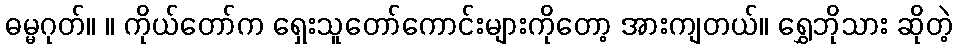
ဓမ္မဂုတ်။ ။ ကိုယ်တော်က ရှေးသူတော်ကောင်းများကိုတော့ အားကျတယ်။ ရွှေဘိုသား ဆိုတဲ့